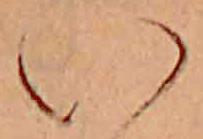
い